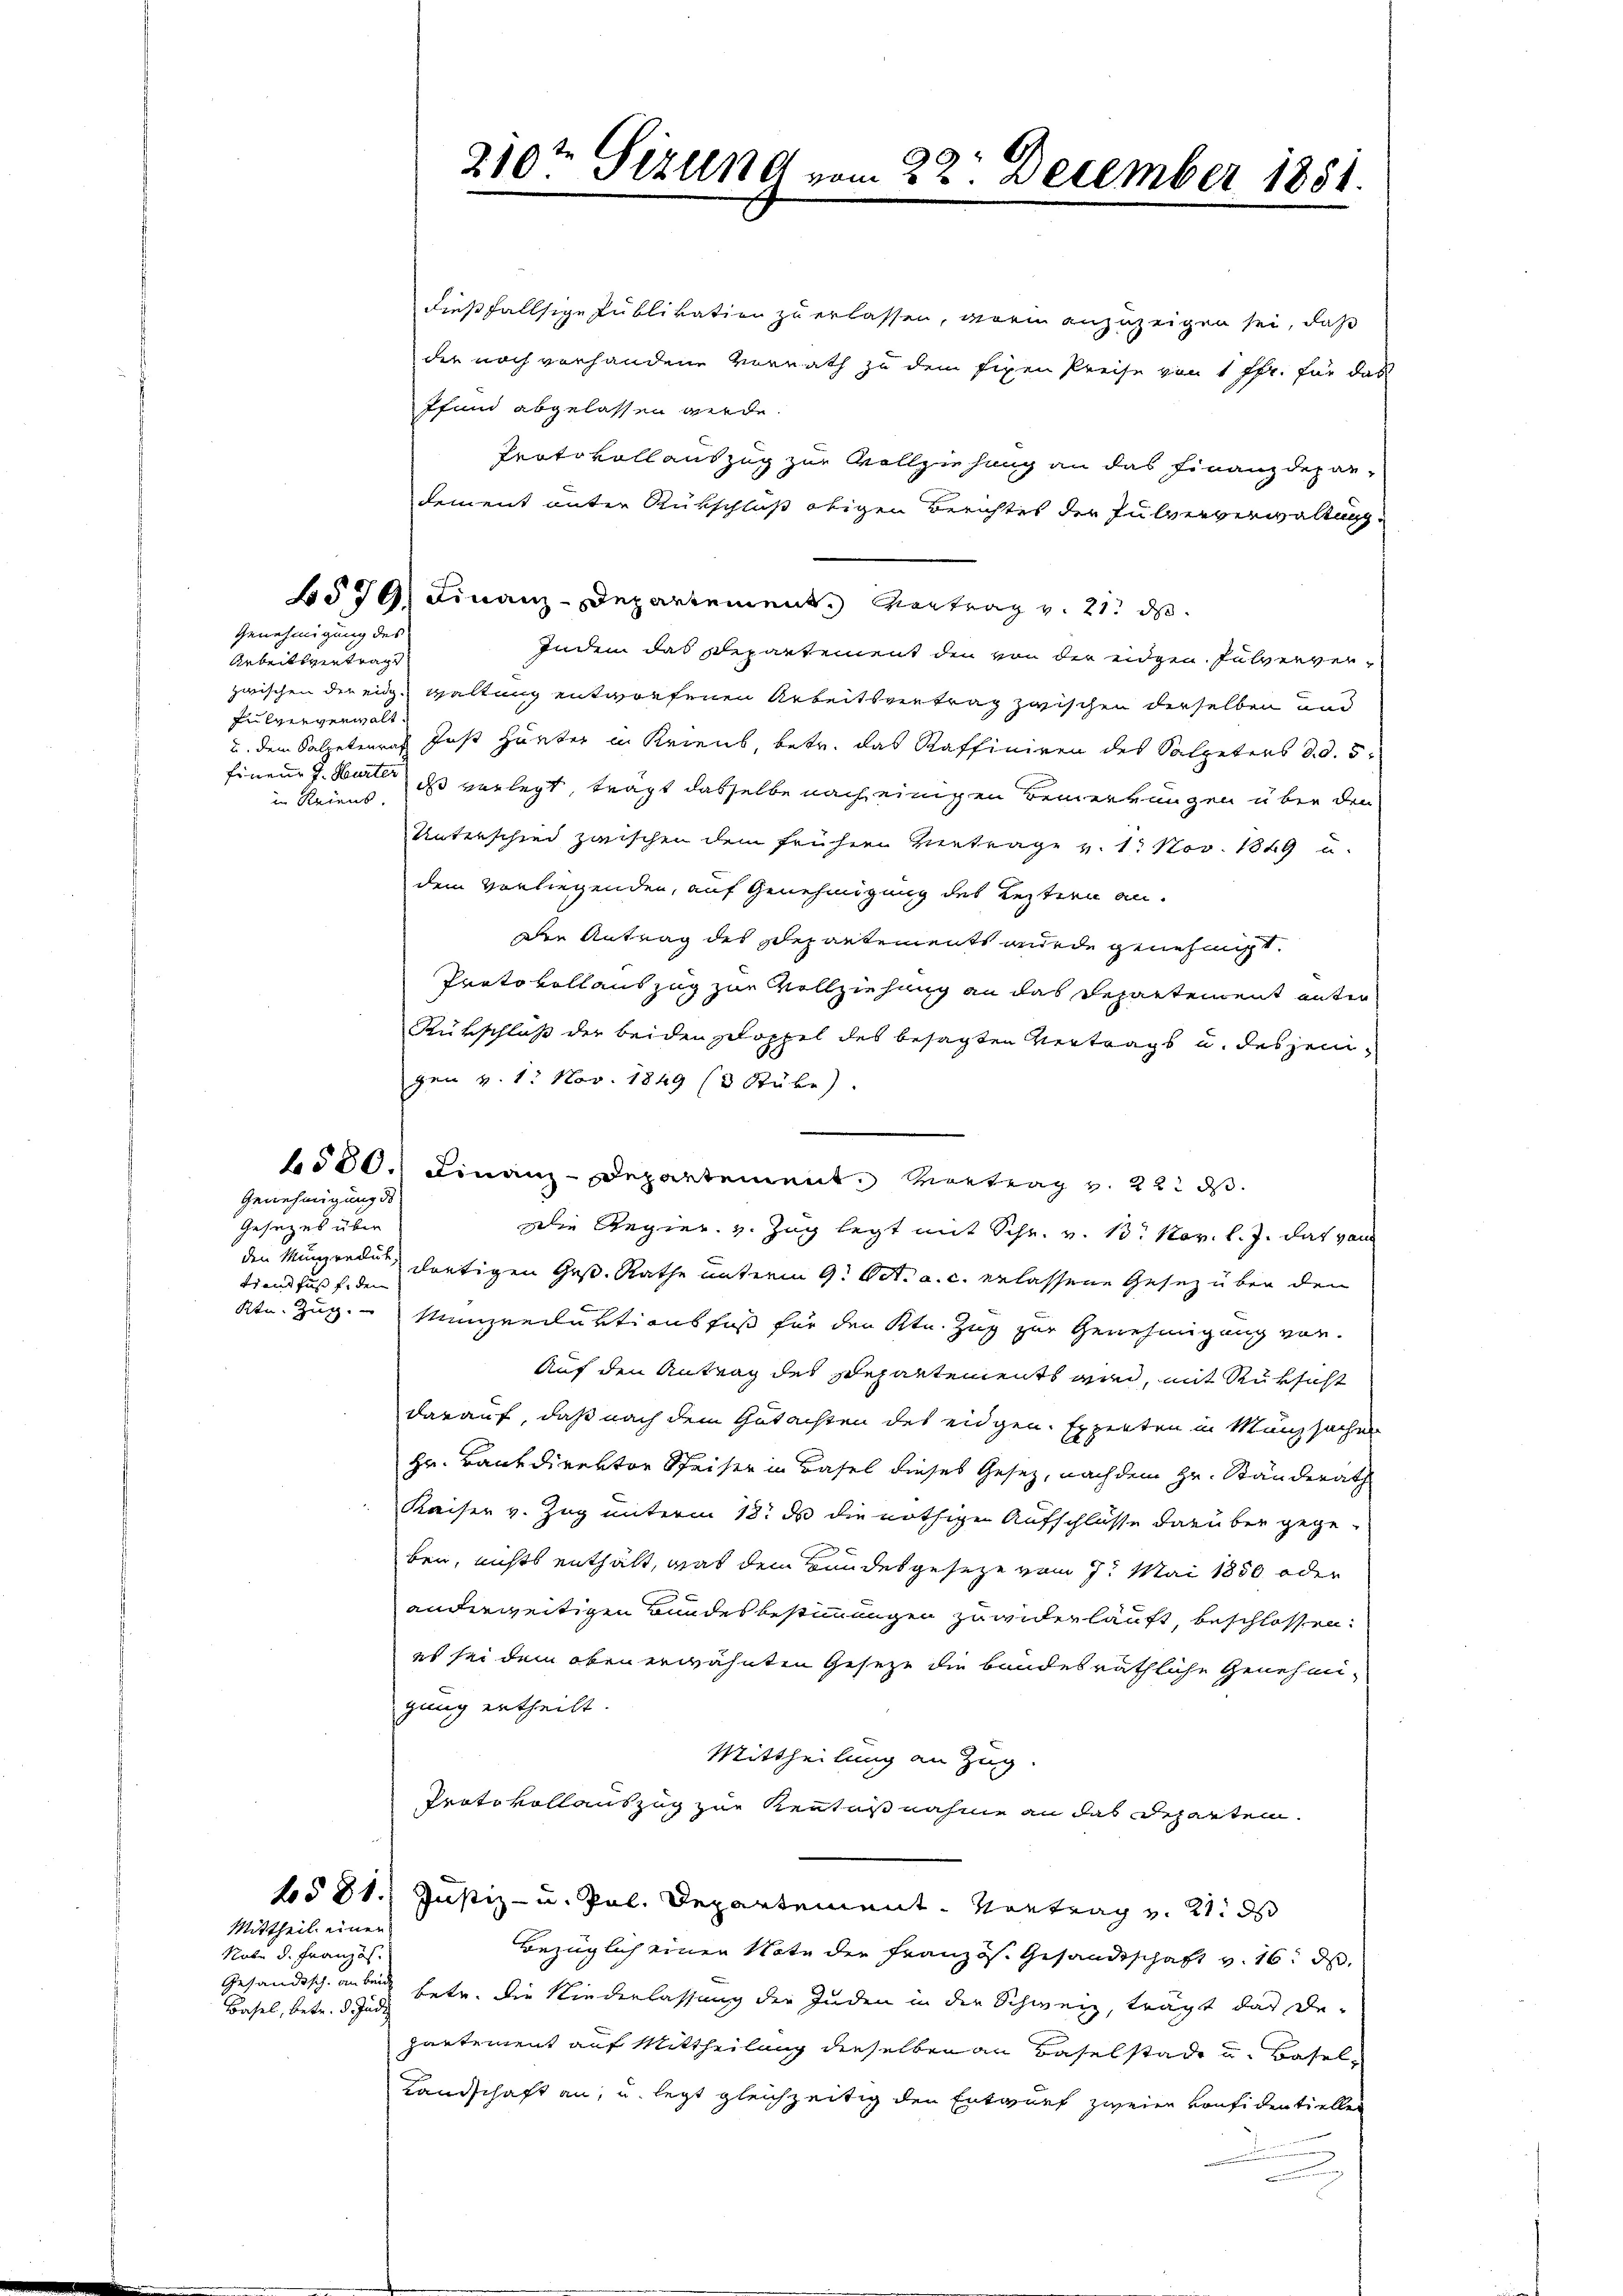
Genehmigung des

Arbeitsvertrags
Fulververwalt
in Reins.

Genehmigung de

Gesezes über
Frandfuß fü den

Mittheil einer
Nobe d. Französ.
Basel, betr. d. Judi

dießfallsige Publikation zu erlassen, worin anzuzeigen sei, daß
der noch vorhandene Vorrath zu dem fixen Preise von 1 ffr. für das
Pfund abgelassen werde.
Protokollauszug zur Vollziehung an das Finanzdepar-
dement unter Rückschluß obigen Berichtes der Pulververwaltung
579) Finanz-Departement. Vertrag v. 21. ds.
Indem das Departement den von der eidgen. Pulververzwischen der eidg. Haltung entworfenen Arbeitsvertrag zwischen derselben und
u. dem Salpeteures Just hunter in Kriens, betr. das Kaffiniren des Salpeters d. d. 5.
Eineur J. Wart ist vorlegt, trägt dasselbe nach einigen Bemerkungen über den
Unterschied zwischen dem frühern Vertrage v. 1. Nov. 1849 u.
dem vorliegenden, auf Genehmigung des Restern an.
Die Antrag des Departements wurde genehmigt.
Protokollauszug zur Vollziehung an das Departement unter
Rükschluß der beiden Schoppel des besagten Vertrags u. desjenigen v. 1. Nov. 1849 (3 Stube.
4500. Finanz-Departement. Vortrag v. 22. ds.
Die Regier. v. Zug legt mit Schr. v. B. Nov. l. J. das von
den Müngerdue dortigen Ges. Rathe unterm 9. Oct. a. c. erlassene Gesez über den
Ktn. Zug. Münzreduktionsfuß für den Ktn. Zug zur Genehmigung vor.
Auf den Antrag des Departements von, mit Rüksicht
darauf, daß nach dem Gutachten des eidgen. Experten in Münzsachen
Hr. Bankdirektor Speiser in Basel dieses Gesetz, nach dem Hr. Ständerath
Kreiser v. Zug unterm 18. ds die nöthigen Aufschlüsse darüber gegeben, nichts enthält, was dem Bundesgeseze vom 7. Mai 1850 oder
anderweitigen Bundes bestimmungen zu widerlauft, beschlossen:
es sei dem oben erwähnten Gesetze die bandesräthliche Genehmigung ertheilt.
Mittheilung an Zug.
Protokollauszug zur Kenntnißnahme an das Departen.
1581. Justiz- u. Pal. Departement. Vortrag v. 21. ds
Bezüglich einen Note der Französ. Gesandtschaft v. 16. ds.
Gesandtsch anden betr. die Niederlassung der Juden in der Schweiz, trägt das De-
partement auf Mittheilung derselben an Baselstadt u. Basel¬
Landschaft an, u. legt gleichzeitig den Entwurf zweien Konfidentiellen

210te Situng vom 22. December 1881.